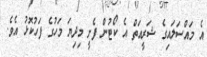
އެ މައްސަލައިގެ ޝަރީއަތް އެ ކޯޓުން ފެށީ މިދިޔަ މަހުގެ ފަހުކޮޅު އެވެ.